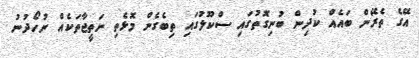
އޭގެ ތެރޭން ބައެއް ކުދިން ބުނިގޮތުގައި ސްކޫލުގައި ތިބެގެން މޮޅެތި ނަތީޖާތަކެއް ނުހޯދުނު